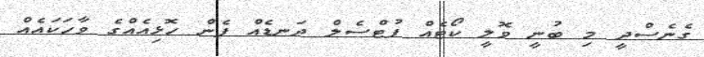
ގެނެސްދީ މި ބުނީ ވޮލީ ކޯޓެއް ފުޓްސެލް ދަނޑެއް ފެން ހޮޅިއެއްގެ ވާހަކައެއް